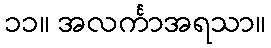
၁၁။ အလင်္ကာအရသာ။